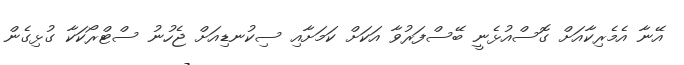
އޭނާ އެމެރިކާއަށް ގޮސްއުޅެނީ ބޭސްފަރުވާ އަކަށް ކަމަށާއި ސިކުނޑިއަށް ޖެހުނު ސްޓްރޯކަކާ ގުޅިގެން